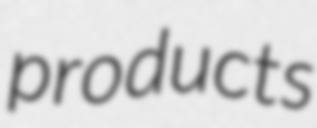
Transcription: products